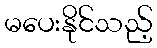
မပေးနိုင်သည့်